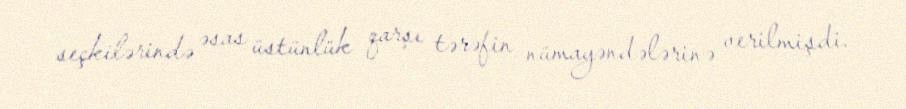
seçkilərində əsas üstünlük qarşı tərəfin nümayəndələrinə verilmişdi.